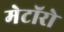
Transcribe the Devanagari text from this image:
मेटॉरो